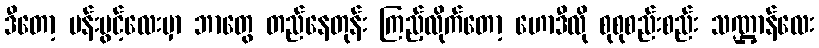
ဒီတော့ ပန်းပွင့်လေးမှာ ဘာတွေ တည်နေတုန်း ကြည့်လိုက်တော့ ဟောဒီလို စုစုစည်းစည်း သဏ္ဌာန်လေး